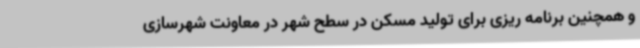
و همچنین برنامه ریزی برای تولید مسکن در سطح شهر در معاونت شهرسازی